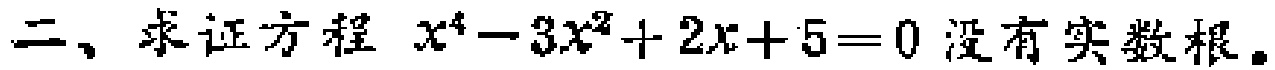
二、求证方程 \(x^{4}-3x^{2}+2x + 5 = 0\) 没有实数根。